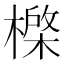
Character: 𰘮